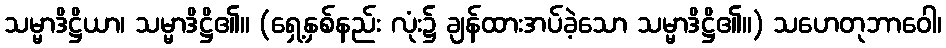
သမ္မာဒိဋ္ဌိယာ၊ သမ္မာဒိဋ္ဌိ၏။ (ရှေ့နှစ်နည်း လုံး၌ ချန်ထားအပ်ခဲ့သော သမ္မာဒိဋ္ဌိ၏။) သဟေတုဘာဝေါ၊